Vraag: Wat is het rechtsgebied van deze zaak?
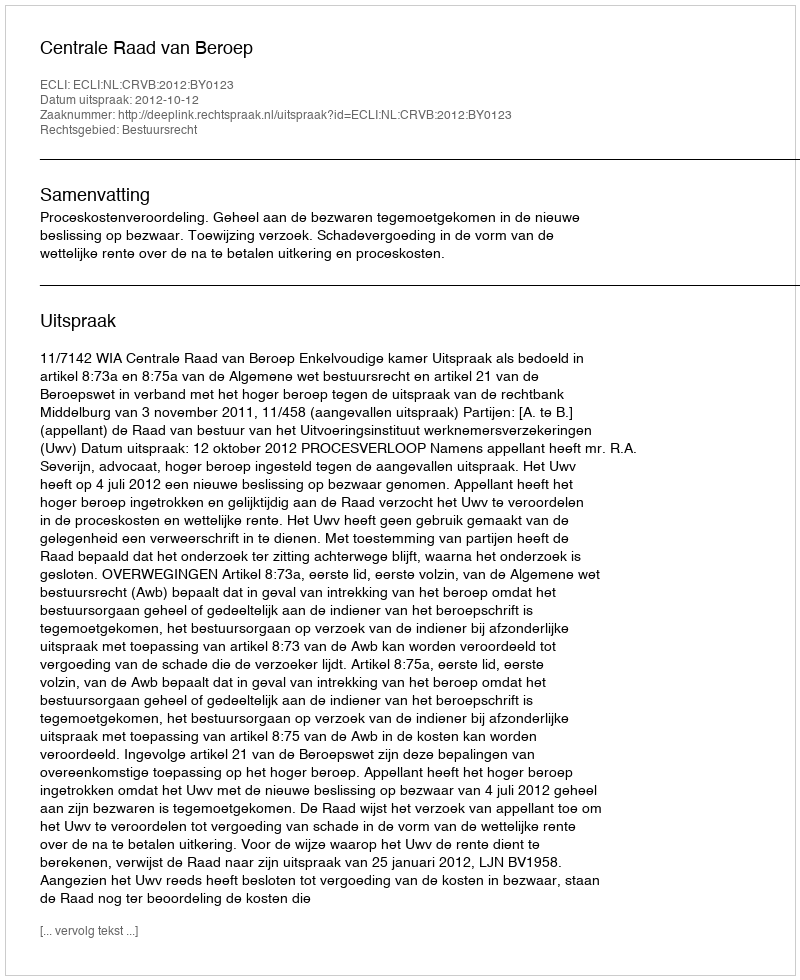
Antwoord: Bestuursrecht